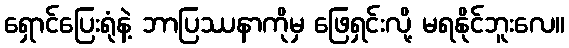
ရှောင်ပြေးရုံနဲ့ ဘာပြဿနာကိုမှ ဖြေရှင်းလို့ မရနိုင်ဘူးလေ။